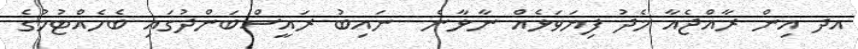
އދ އިން ރާއްޖެއާ މެދު ފިޔަވަޅެއް ނާޅާނެ  ނައިބު ރައީސްބަންދުގައި ބެހެއްޓުމުގެ